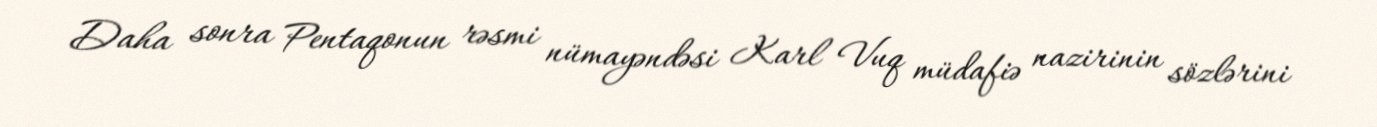
Daha sonra Pentaqonun rəsmi nümayəndəsi Karl Vuq müdafiə nazirinin sözlərini